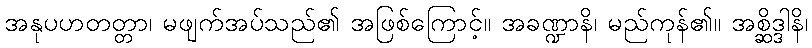
အနုပဟတတ္တာ၊ မဖျက်အပ်သည်၏ အဖြစ်ကြောင့်။ အခဏ္ဍာနိ၊ မည်ကုန်၏။ အစ္ဆိဒ္ဒါနိ၊